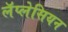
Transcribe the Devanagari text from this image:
लॅप्लेसियन